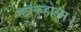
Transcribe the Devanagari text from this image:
स्टॉकहोल्म।